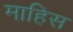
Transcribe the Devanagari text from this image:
माहिस